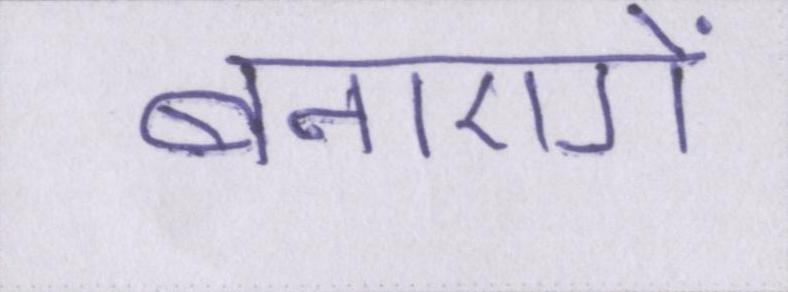
बनाएगें